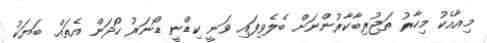
މިއާއެކު މިހާރު ތަޖުރިބާކާރުންނަށް ބެލެވިފައި ވަނީ ކިޑްނީ ޑޯނަރު ހޯދަން އެތައް ބަޔަކު